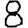
Digit: 8